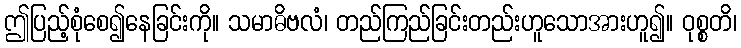
ဤပြည့်စုံစေ၍နေခြင်းကို။ သမာဓိဗလံ၊ တည်ကြည်ခြင်းတည်းဟူသောအားဟူ၍။ ဝုစ္စတိ၊